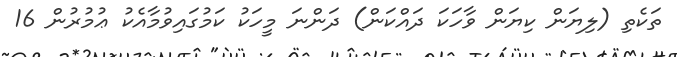
ތަކެތި (ލިޔަން ކިޔަން ވާހަކަ ދައްކަން) ދަންނަ މީހަކު ކަމުގައިވުމާއެކު ޢުމުރުން 16